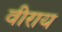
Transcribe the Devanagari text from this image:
वीराय